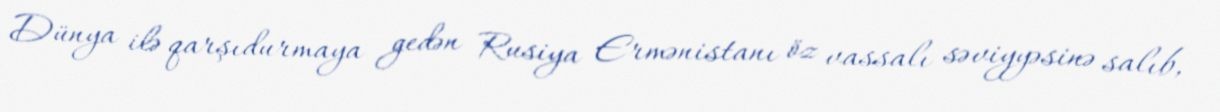
Dünya ilə qarşıdurmaya gedən Rusiya Ermənistanı öz vassalı səviyyəsinə salıb,